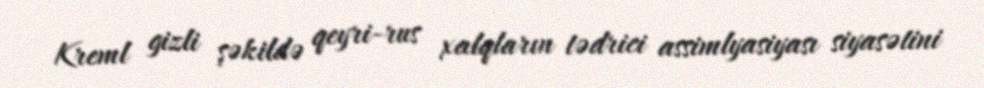
Kreml gizli şəkildə qeyri-rus xalqların tədrici assimlyasiyası siyasətini